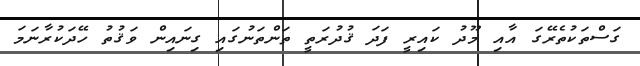
ގަސްތަކުތެރޭގަ އާއި މޫދު ކައިރީ ފަދަ ޤުދުރަތީ ތަންތަނުގައި ގިނައިން ވަޤުތު ހޭދަކުރާނަމަ